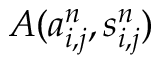
A ( a _ { i , j } ^ { n } , s _ { i , j } ^ { n } )